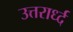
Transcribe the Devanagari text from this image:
उत्तरार्ध्द